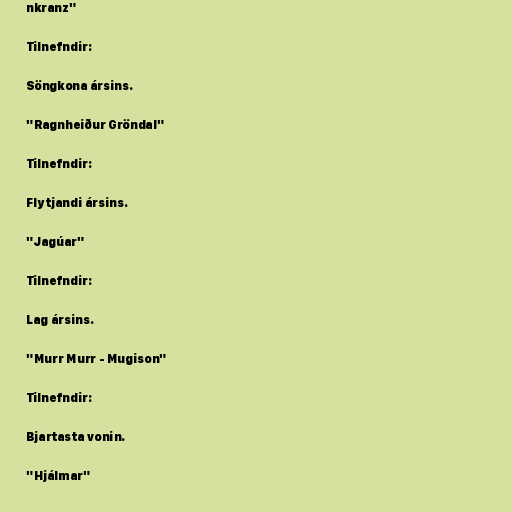
nkranz"

Tilnefndir:

Söngkona ársins.

"Ragnheiður Gröndal"

Tilnefndir:

Flytjandi ársins.

"Jagúar"

Tilnefndir:

Lag ársins.

"Murr Murr - Mugison"

Tilnefndir:

Bjartasta vonin.

"Hjálmar"